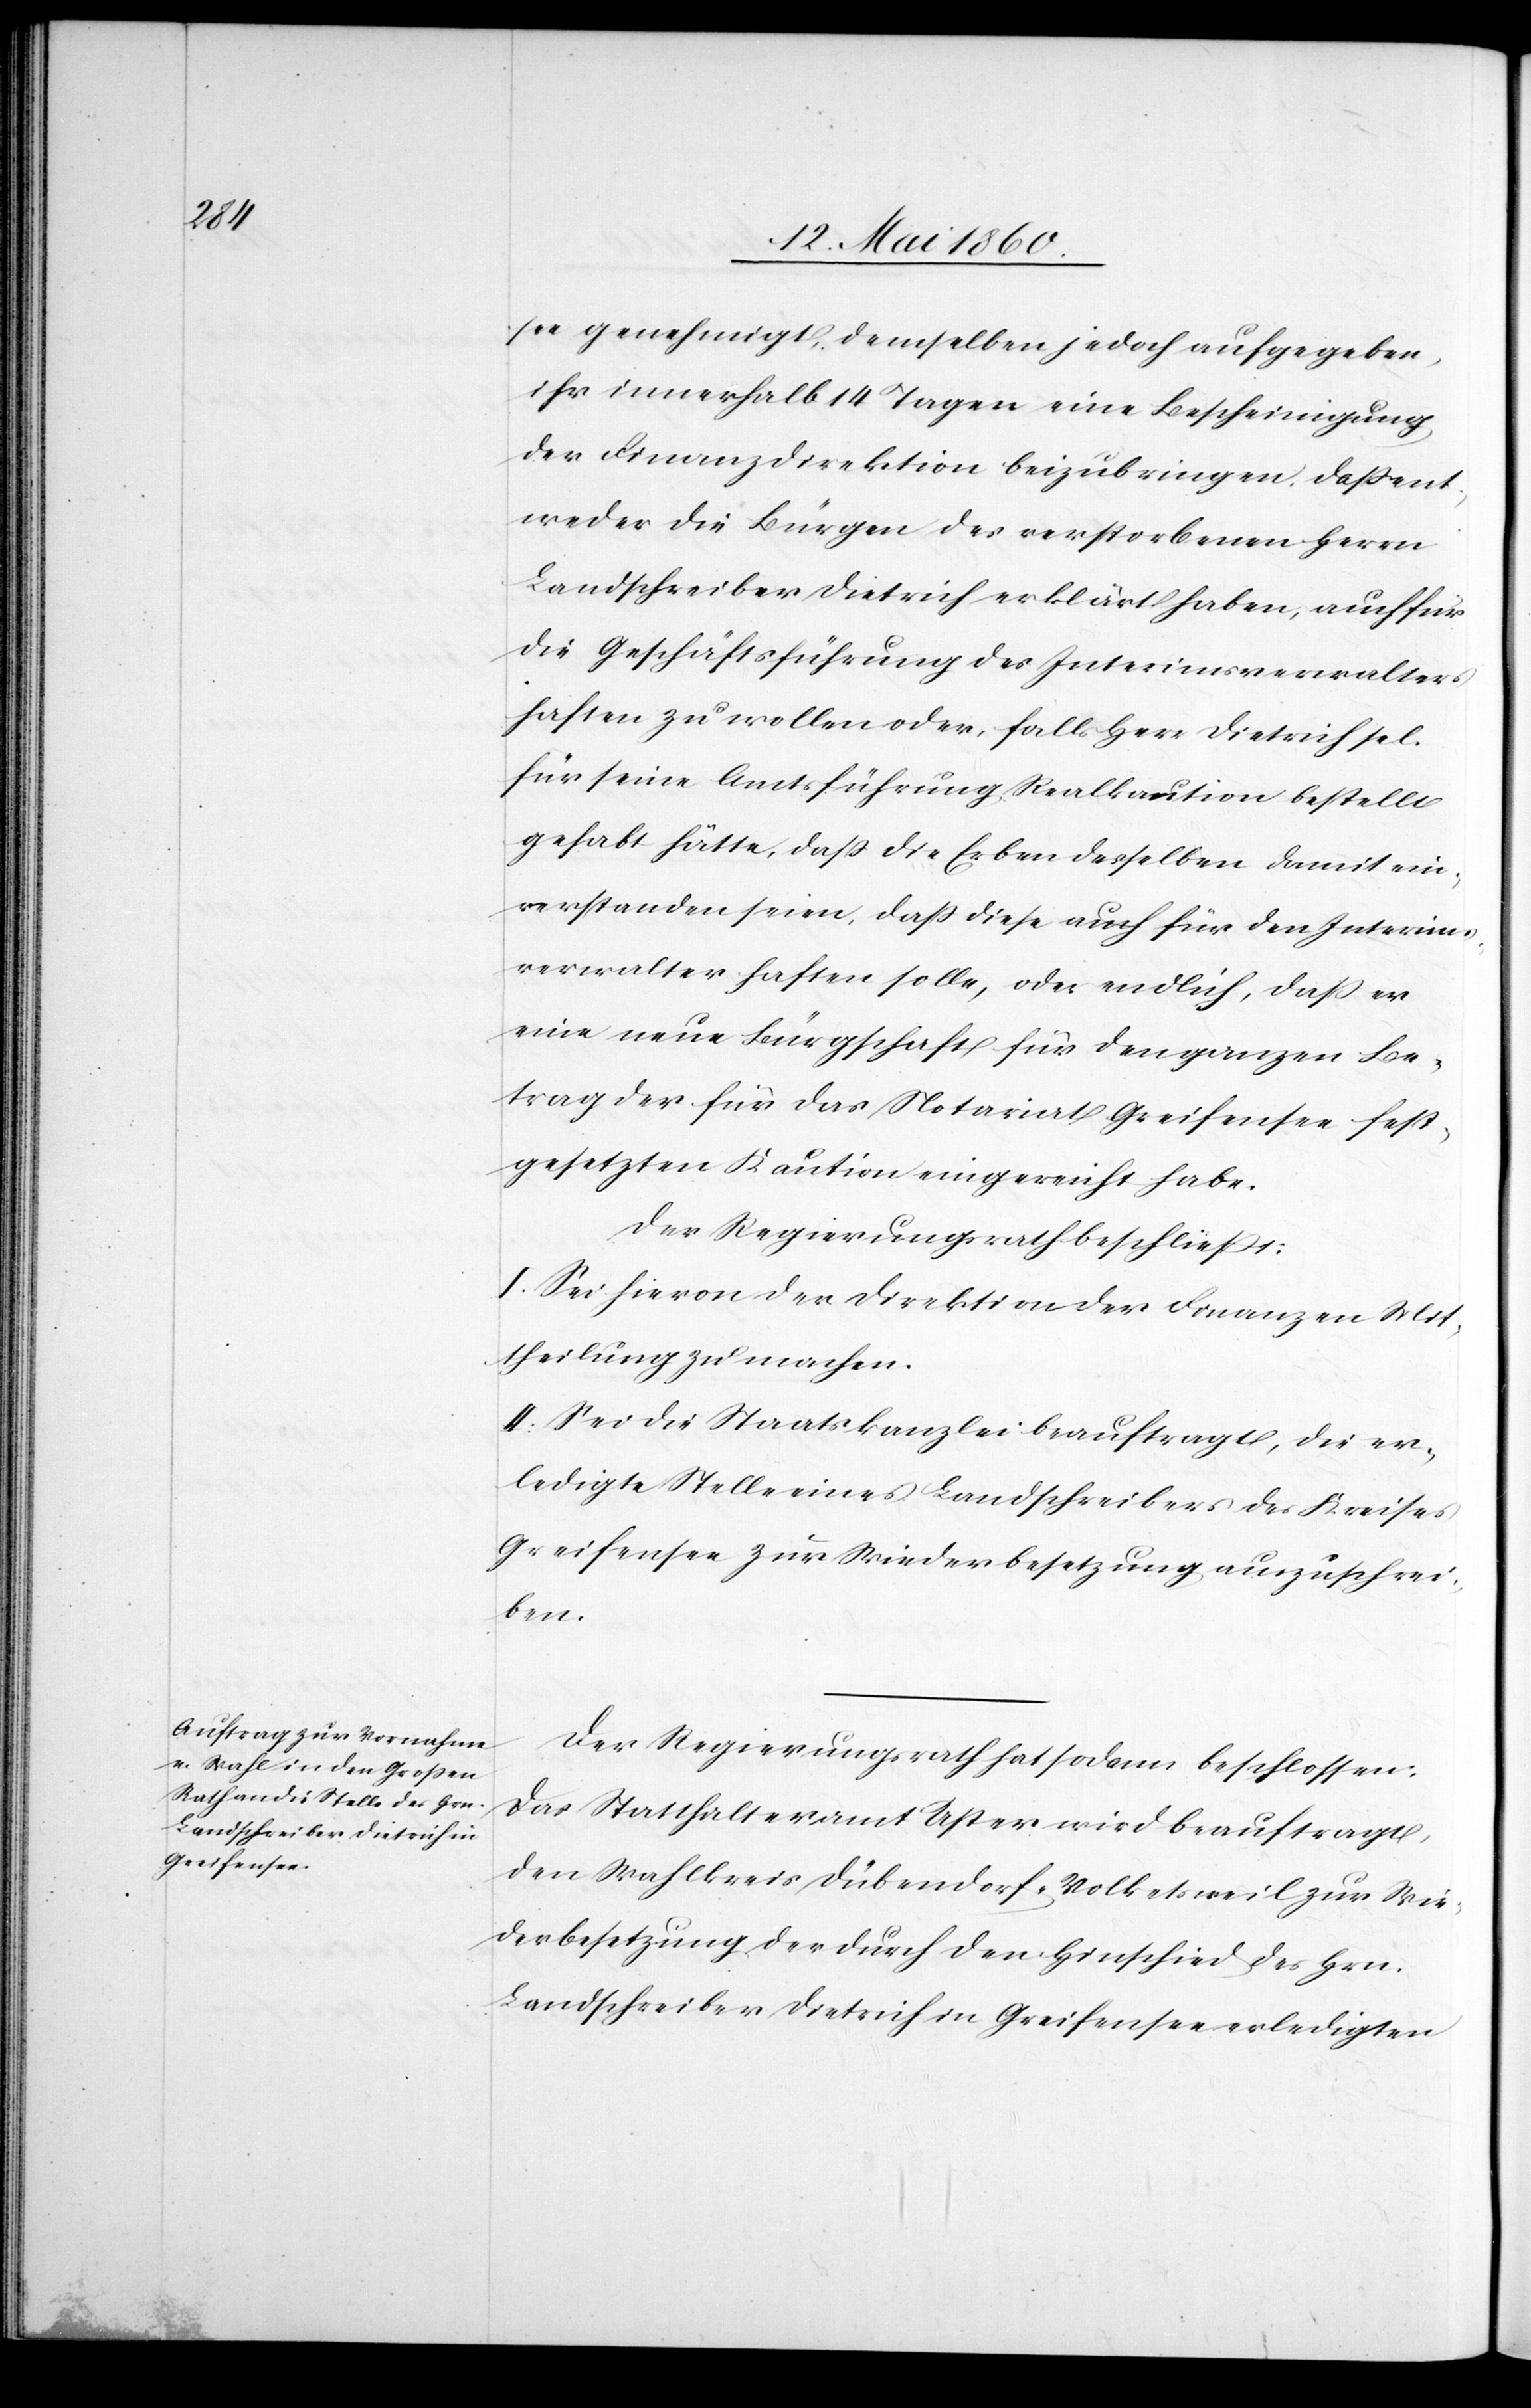
see genehmigt, demselben jedoch aufgegeben,
ihr innerhalb 14 Tagen eine Bescheinigung
der Finanzdirektion einzubringen, dass ent¬
weder die Bürger des verstorbenen Herrn
Landschreiber Dietrich erklärt haben, auch für
die Geschäftsführung des Interimsverwalters
haften zu wollen oder, falls Herr Dietrich sel.
für seine Amtsführung Realkaution bestellt
gehabt hätte, dass die Erben desselben damit ein¬
verstanden seien, dass diese auch für den Interims¬
verwalter haften solle, oder endlich, dass er
eine neue Bürgschaft für den ganzen Be¬
trag der für das Notariat Greifensee fest¬
gesetzten Kaution eingereicht habe.
Der Regierungsrath beschliesst.
I. Sei hievon der Direktion der Finanzen Mit¬
theilung zu machen.
II. Sei die Staatskanzlei beauftragt, die er¬
ledigte Stelle eines Landschreibers des Kreises
Greifensee zur Wiederbesetzung auszuschrei¬
ben.
Der Regierungsrath hat sodann beschlossen:
Das Statthalteramt Uster wird beauftragt,
den Wahlkreis Dübendorf-Volketsweil zur Wie¬
derbesetzung der durch den Hinschied des Hrn.
Landschreiber Dietrich in Greifensee erledigten